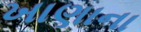
ખાણાના